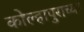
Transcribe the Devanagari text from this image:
कोल्हापुराच्या